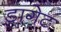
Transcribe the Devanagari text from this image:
डागेट